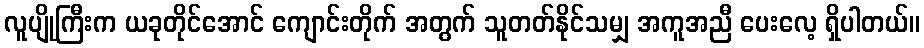
လူပျိုကြီးက ယခုတိုင်အောင် ကျောင်းတိုက် အတွက် သူတတ်နိုင်သမျှ အကူအညီ ပေးလေ့ ရှိပါတယ်။